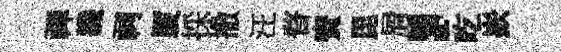
禅譏祠厦採撒汪瞀寳毘屑，吃嶔